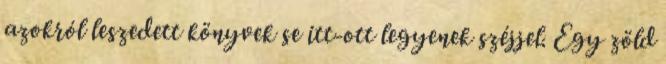
azokról leszedett könyvek se itt-ott legyenek széjjel. Egy zöld